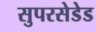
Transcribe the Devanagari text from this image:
सुपरसेडेड